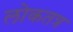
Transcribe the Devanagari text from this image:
लोकतत्र